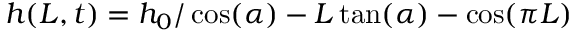
h ( L , t ) = h _ { 0 } / \cos ( \alpha ) - L \tan ( \alpha ) - \cos ( \pi L )